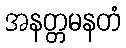
အနတ္တမနတံ